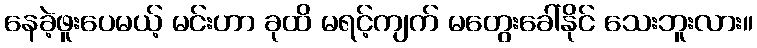
နေခဲ့ဖူးပေမယ့် မင်းဟာ ခုထိ မရင့်ကျက် မတွေးခေါ်နိုင် သေးဘူးလား။